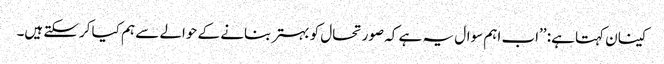
کینان کہتا ہے: ’’اب اہم سوال یہ ہے کہ صورتحال کو بہتر بنانے کے حوالے سے ہم کیا کرسکتے ہیں۔